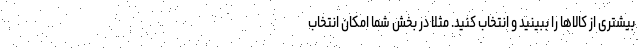
بیشتری از کالاها را ببینید و انتخاب کنید. مثلا در بخش شما امکان انتخاب